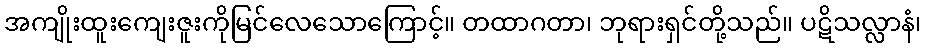
အကျိုးထူးကျေးဇူးကိုမြင်လေသောကြောင့်။ တထာဂတာ၊ ဘုရားရှင်တို့သည်။ ပဋိသလ္လာနံ၊